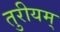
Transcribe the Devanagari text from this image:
तुरीयम्‌